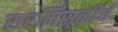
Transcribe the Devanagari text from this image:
सरमिसळीचे